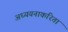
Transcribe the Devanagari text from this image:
अध्ययनाकरिता